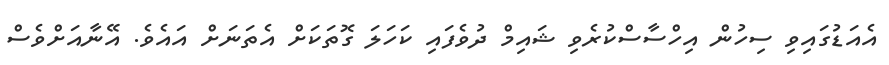
އެއަޑުގައިވި ސިހުން އިހްސާސްކުރެވި ޝައިމް ދުވެފައި ކަހަލަ ގޮތަކަށް އެތަނަށް އައެވެ. އޭނާއަށްވެސް